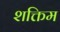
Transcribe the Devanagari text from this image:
शक्तिम